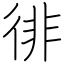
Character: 徘